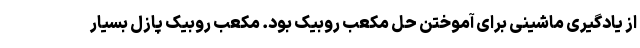
از یادگیری ماشینی برای آموختن حل مکعب روبیک بود. مکعب روبیک پازل بسیار